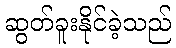
ဆွတ်ခူးနိုင်ခဲ့သည်